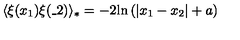
\langle \xi ( x _ { 1 } ) \xi ( \_ 2 ) \rangle _ { * } = - 2 \mathrm { l n } \left( | x _ { 1 } - x _ { 2 } | + a \right)